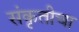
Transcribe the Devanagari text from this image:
संकृतीचा